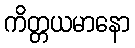
ကိတ္တယမာနော